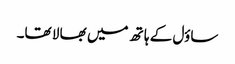
ساؤل کے ہا تھ میں بھا لا تھا۔